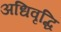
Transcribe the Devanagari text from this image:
अधिवृद्धि